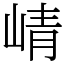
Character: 崝